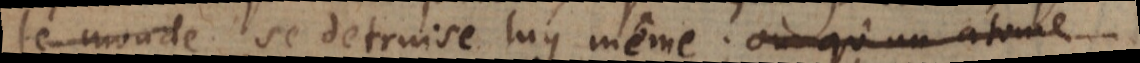
le monde se detruise lui même; ou qu’un atome